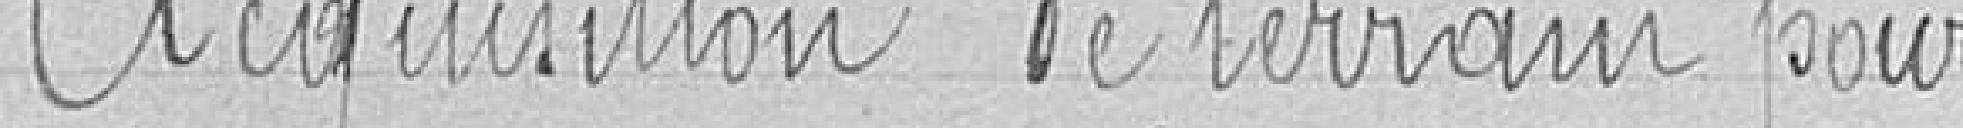
Acquisition de terrain pour